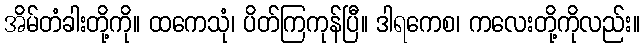
အိမ်တံခါးတို့ကို။ ထကေသုံ၊ ပိတ်ကြကုန်ပြီ။ ဒါရကေစ၊ ကလေးတို့ကိုလည်း။